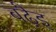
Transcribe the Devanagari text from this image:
बढ़ैइ